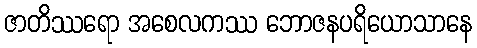
ဇာတိဿရော အစေလကဿ ဘောဇနပရိယောသာနေ